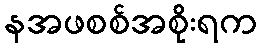
နအဖစစ်အစိုးရက